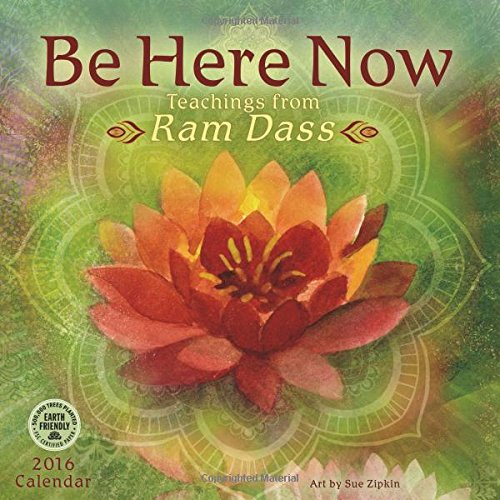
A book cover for Be Here Now 2016 Wall Calendar: Teachings from Ram Dass; Ram Dass; Religion & Spirituality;